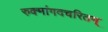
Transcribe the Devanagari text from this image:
रुक्मांगदचरितम्